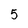
Character: 5